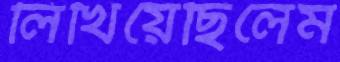
লিখিয়েছিলেম